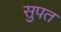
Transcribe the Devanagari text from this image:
सुपत